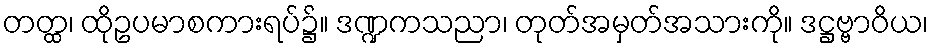
တတ္ထ၊ ထိုဥပမာစကားရပ်၌။ ဒဏ္ဍကသညာ၊ တုတ်အမှတ်အသားကို။ ဒဋ္ဌဗ္ဗာဝိယ၊